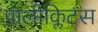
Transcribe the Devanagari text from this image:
पोलीक्लिटस